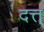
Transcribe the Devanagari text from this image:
दत्त्